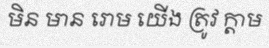
មិន មាន រោម យើង ត្រូវ ក្តាម